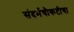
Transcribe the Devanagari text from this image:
संदर्भचौकटीचा